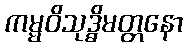
ကမ္မဝိသုဒ္ဓိမတ္တနော